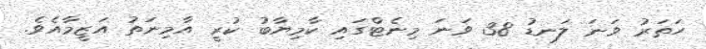
ހަތަރު ވަނަ ލަނޑު 38 ވަނަ މިނެޓްގައި ކާމިޔާބު ކުރީ އާމިނަތު އަޒީމާއެވެ.